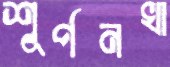
শূর্পনখা